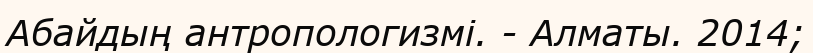
Абайдың антропологизмі. - Алматы. 2014;